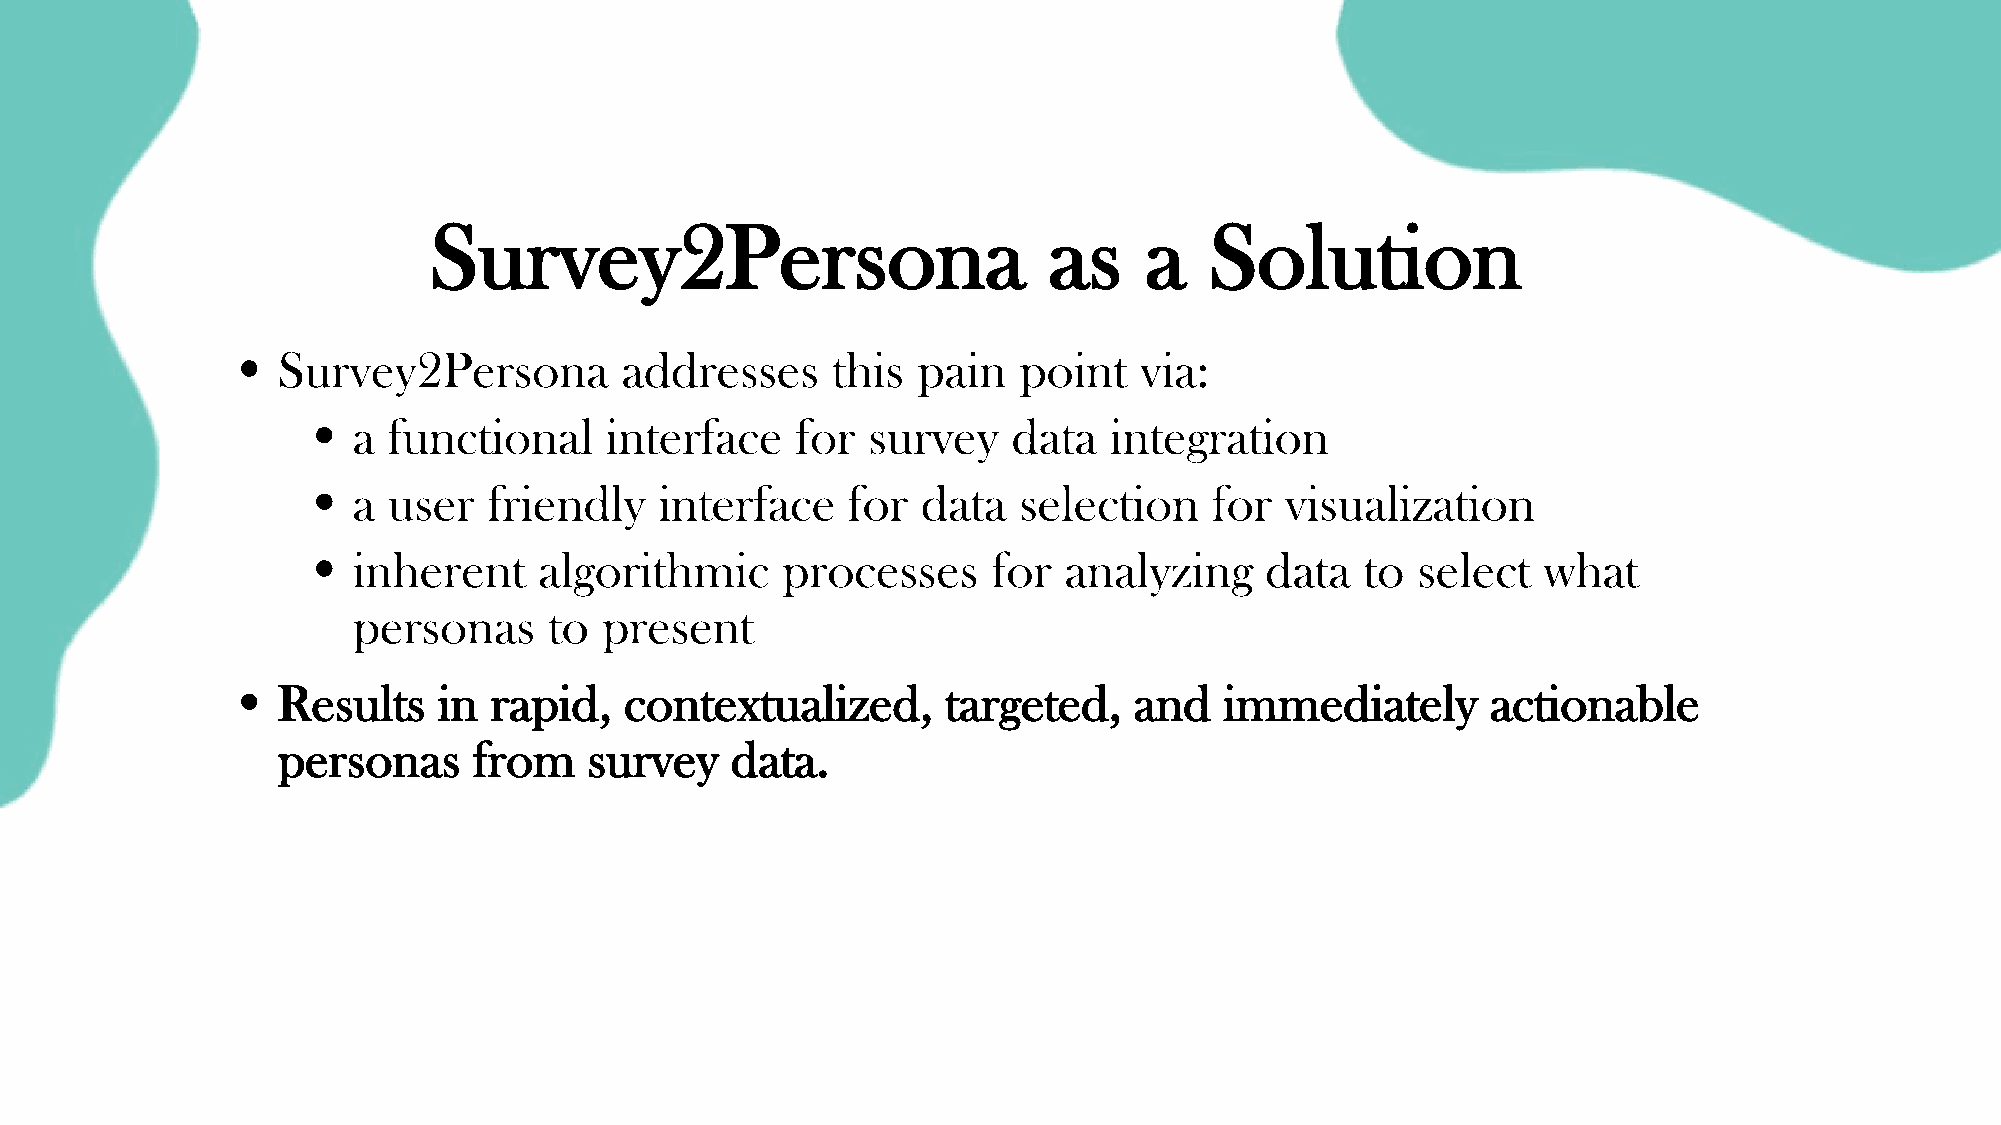
Survey2Persona                           as     a   Solution
 • Survey2Persona         addresses     this  pain  point   via:
 • a  functional    interface    for survey    data  integration
 • a  user  friendly    interface   for  data  selection    for  visualization
 • inherent     algorithmic     processes     for analyzing     data  to  select  what
 personas     to  present
 • Results    in rapid,   contextualized,       targeted,   and   immediately       actionable
 personas     from    survey   data.